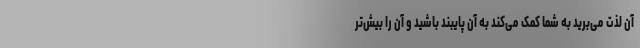
آن لذت می‌برید به شما کمک می‌کند به آن پایبند باشید و آن را بیش‌تر